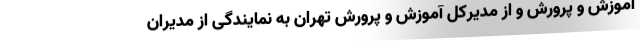
آموزش و پرورش و از مدیرکل آموزش و پرورش تهران به نمایندگی از مدیران